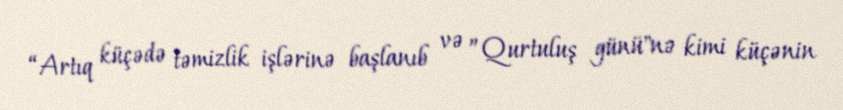
“Artıq küçədə təmizlik işlərinə başlanıb və ”Qurtuluş günü"nə kimi küçənin